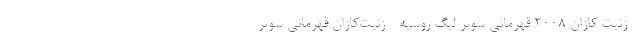
- زنیت کازان ۲۰۰۸ قهرمانی سوپر لیگ روسیه - زنیت‌کازان قهرمانی سوپر